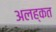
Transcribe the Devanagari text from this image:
अलह्कत